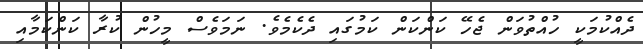
ދެއްކުމަކީ ހުއްތުވަން ޖެހޭ ކަންކަން ކަމުގައި ދެކެމެވެ. ނަމަވެސް މީހުން ކުރާ ކަންކަމާއި